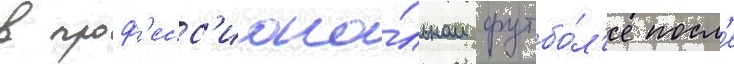
в проф'есс'иона́льном футбо́л'е посл'е